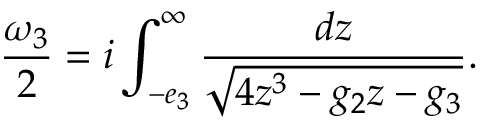
{ \frac { \omega _ { 3 } } { 2 } } = i \int _ { - e _ { 3 } } ^ { \infty } { \frac { d z } { \sqrt { 4 z ^ { 3 } - g _ { 2 } z - g _ { 3 } } } } .